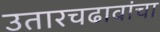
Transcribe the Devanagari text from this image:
उतारचढावांचा